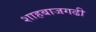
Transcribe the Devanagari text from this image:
शाहबाजगढी